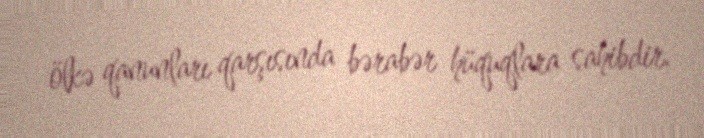
ölkə qanunları qarşısında bərabər hüquqlara sahibdir.